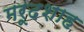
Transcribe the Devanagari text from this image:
मरूदशाह